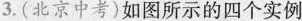
3.(北京中考)如图所示的四个实例